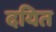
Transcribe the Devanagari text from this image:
दयित